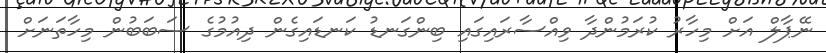
ނޭޕާލް އަށް މިހާރު ކުރަމުންދާ ވިއްސާރައިގައި ބިންގަނޑު ކަނޑައިގެން ދިއުމުގެ ސަބަބުން މިހާތަނަށް